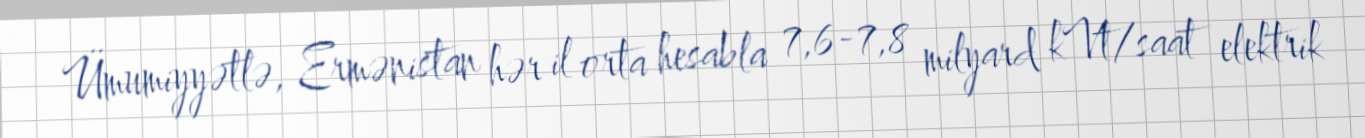
Ümumiyyətlə, Ermənistan hər il orta hesabla 7,6-7,8 milyard kVt/saat elektrik